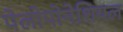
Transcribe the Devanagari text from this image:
पेलोपोनेशियल